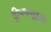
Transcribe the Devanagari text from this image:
द्वीपसमूहाने